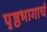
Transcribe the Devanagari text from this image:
पृष्ठभागाचं